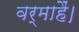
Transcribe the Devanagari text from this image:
वर्माहैं।